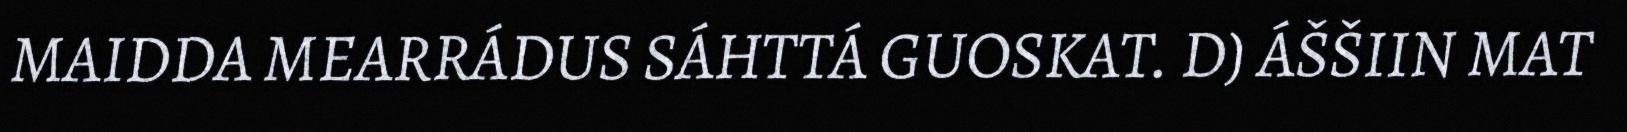
MAIDDA MEARRÁDUS SÁHTTÁ GUOSKAT. D) ÁŠŠIIN MAT